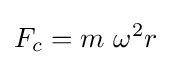
F_{c}={m\ \omega ^{2}}{r}